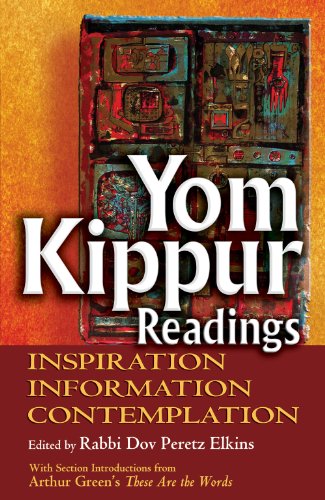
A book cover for Yom Kippur Readings: Inspiration, Information and Contemplation; Religion & Spirituality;